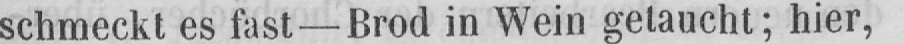
schmeckt es fast - Brod in Wein getaucht; hier,